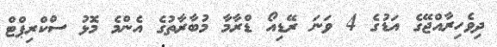
ދިވެހިރާއްޖޭގެ އަޑުގެ 4 ވަނަ ރޭޑިއޯ ޑްރާމާ މުބާރާތުގެ އެންމެ މޮޅު ސްކްރިޕްޓް